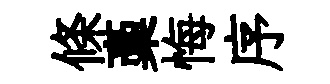
條稾悔序